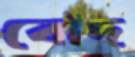
বোঁদ